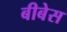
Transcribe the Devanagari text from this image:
बीबेस